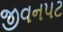
જીવનપટ